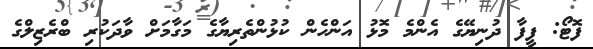
ފޮޓޯ: ފީފާ ދުނިޔޭގެ އެންމެ މޮޅު އަންހެން ކުޅުންތެރިޔާގެ މަގާމަށް ވާދަކުރި ބްރެޒިލްގެ